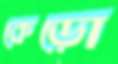
কেড়ো